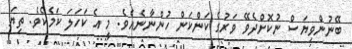
ބޭނުންވިޔަސް ނުކޮށްދެވޭ ވަރުގެ ކަންކަން ހުންނާނެއެވެ. މީ އެ ކަހަލަ ކަމެކެވެ. ތިޔަ